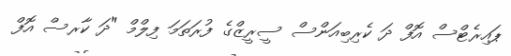
ޕައިރެޓްސް އޮފް ދަ ކެރިބިއަންސް ސީރީޒްގެ ފުރަތަމަ ފިލްމް "ދަ ކާރސް އޮފް